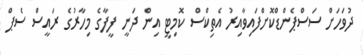
ދުވަހަށް ސަސްޕެންޑްކޮށްފައިވާއިރު އެތިކްސް ކޮމިޓީ އިން ދަނީ ފީފާގެ މިހާރުގެ ރައީސް ސެޕް